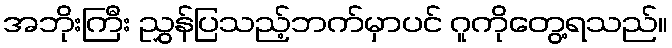
အဘိုးကြီး ညွှန်ပြသည့်ဘက်မှာပင် ဂူကိုတွေ့ရသည်။